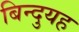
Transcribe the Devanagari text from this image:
बिन्दुयह